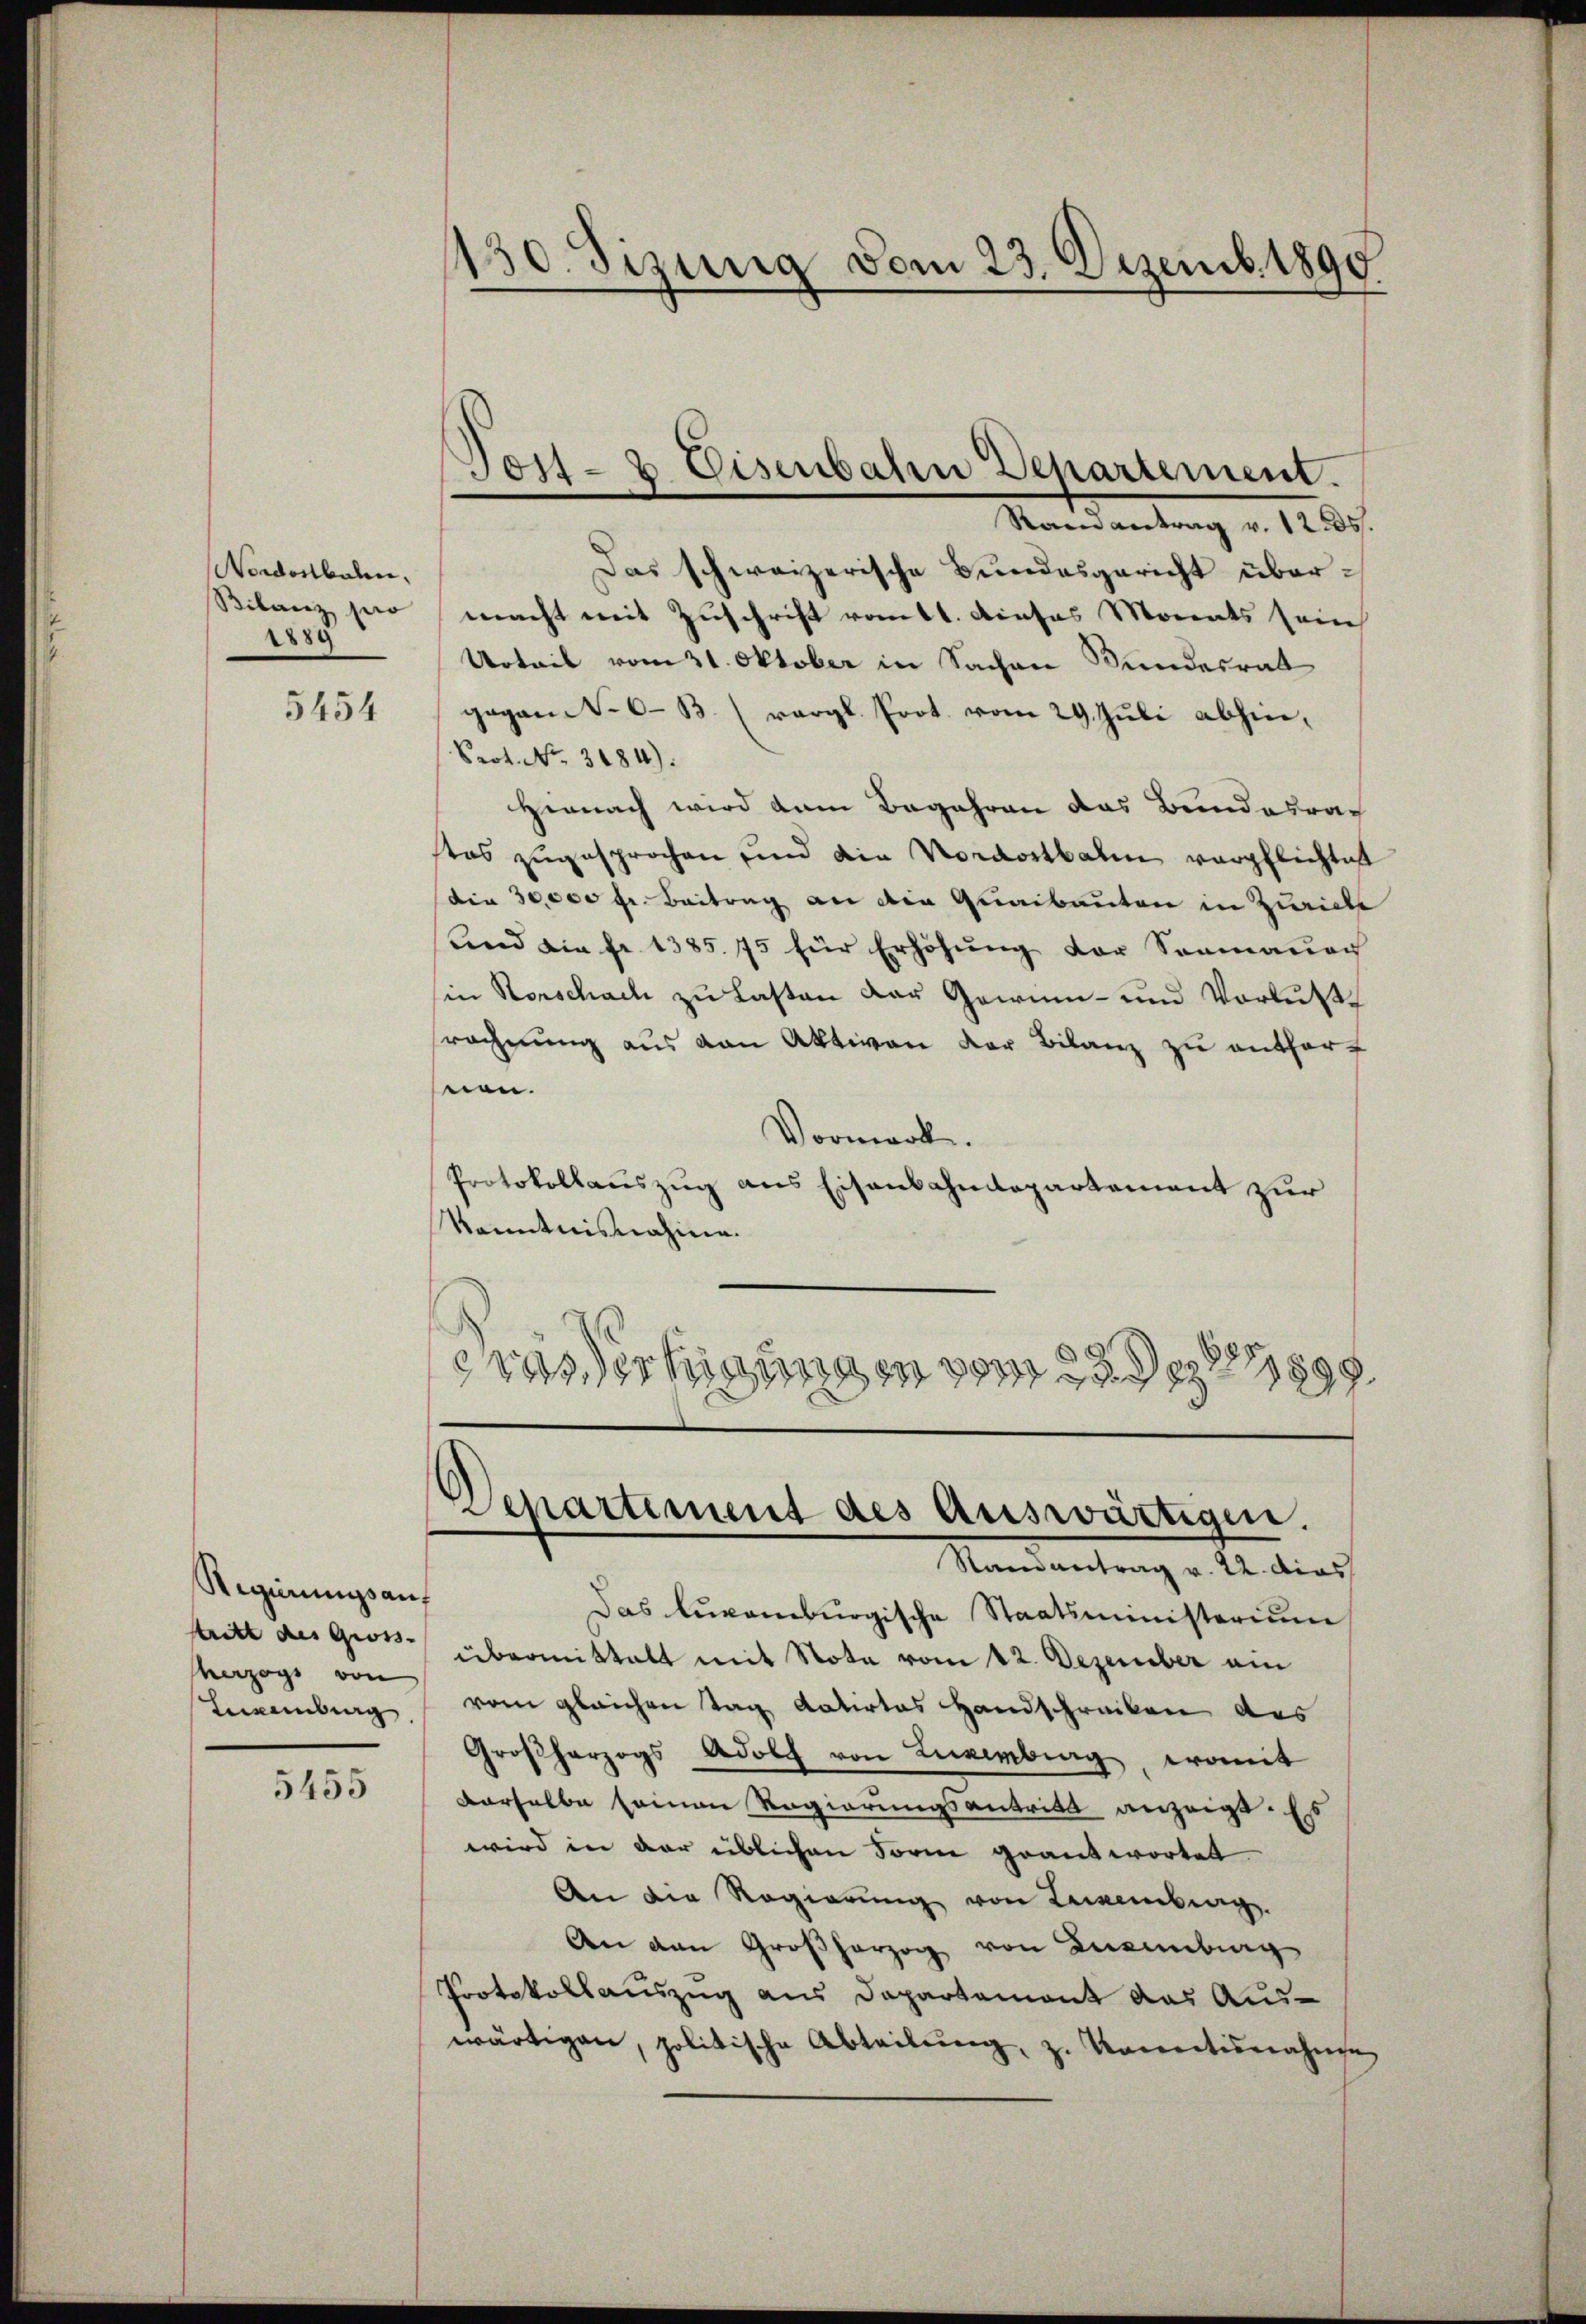
Nordostbahn,
Bilanz pero
1889

5454

Regierungsans
stritt des Gross- |
herzogs von

5455

130. Sizung vom 23. Dezemb. 1890

Raenantrag v. 12 05f.
Das schweizerische Bundesgericht übermacht mit Zuschrift vom 11. dieses Morents sein
Urteil vom 31. Oktober in Sachen Bundesrat
gegant. 633. (vergl. Prot. vom 29. Juli abhin,
Prot. No. 3184).
Hernach wird dem Begehren das Bundesrath
stes zugesprochen und die Nordostbahn verpflichtet
die 30,000 fr. Beitrag an die Quaibauten in Zürich
und ain fr. 1385. 75 für Erhöhŭng der Sonmauer
in Rorschach zu Lasten der Gewinn- und Verlust
srechnung aus von Aktiven der Bilanz zu enthorsnen.
Vormerk.
Protokollauszug aus Eisenbahndepartement zur
Kenntnisnahme.
8
rassertigungen vom 22. dez. 1899.

304- 8 Eisenbaten Departement.

d
Departiment des Auswärtigen.
Samantrag v. 22. dies

Das tupamburgische Staatsministerium
übermittalt mit Note vom 12. Dezember ein
Lecemberg vom gleichen Tag datirtes Handschreiben des
Großherzogs Adolf von Luxenburg, womit
derselbe seinen Regierungsantritt anzeigt. Es
wird in der üblichen Form geantwortet
An die Regierung von Leckenberg.
An den Großherzog von Luxenburg
Protokollauszug aus Departement das Aus-
wärtigen, politische Abteilŭng, z. Konctisnahmen